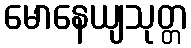
မောနေယျသုတ္တ